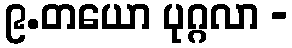
၉.တယော ပုဂ္ဂလာ -